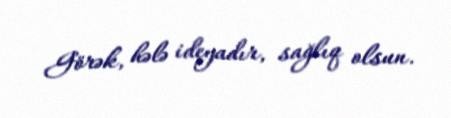
Görək, hələ ideyadır, sağlıq olsun.